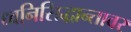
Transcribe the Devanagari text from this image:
ध्वनिसिद्धान्तावर